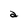
Character: a